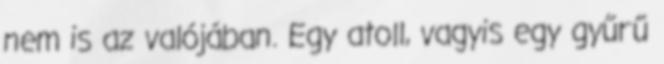
nem is az valójában. Egy atoll, vagyis egy gyűrű